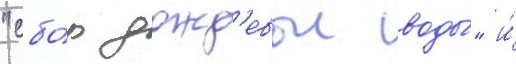
"сбо́р дожд'евои воды́" и́